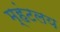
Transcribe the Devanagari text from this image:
म्हंटलय